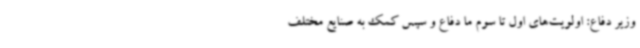
وزیر دفاع: اولویت‌های اول تا سوم ما دفاع و سپس کمک به صنایع مختلف